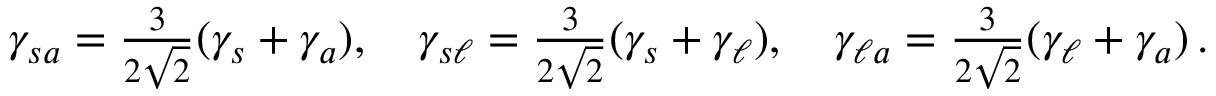
\begin{array} { r } { \gamma _ { s a } = \frac { 3 } { 2 \sqrt { 2 } } ( \gamma _ { s } + \gamma _ { a } ) , \quad \gamma _ { s \ell } = \frac { 3 } { 2 \sqrt { 2 } } ( \gamma _ { s } + \gamma _ { \ell } ) , \quad \gamma _ { { \ell } a } = \frac { 3 } { 2 \sqrt { 2 } } ( \gamma _ { \ell } + \gamma _ { a } ) \, . } \end{array}